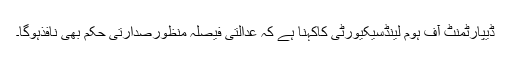
ڈیپارٹمنٹ آف ہوم لینڈسیکیورٹی کاکہنا ہے کہ عدالتی فیصلہ منظورصدارتی حکم بھی نافذہوگا۔